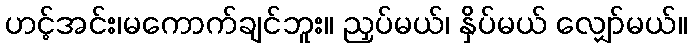
ဟင့်အင်း၊မကောက်ချင်ဘူး။ ညှပ်မယ်၊ နှိပ်မယ် လျှော်မယ်။